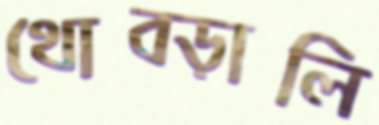
থোব্‌ড়ালি